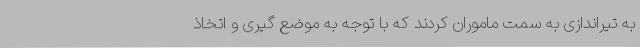
به تیراندازی به سمت ماموران کردند که با توجه به موضع گیری و اتخاذ